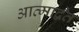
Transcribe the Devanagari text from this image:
आत्माद्वैत